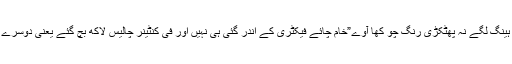
اگر سمگل شدہ چائے خریدیں تو وہی ساٹھ لاکھ میں فیکٹری تک” محفوظ پہنچ “مل جاتی ہے یعنی ” ہینگ لگے نہ پھٹکڑی رنگ چو کھا آوے”خام چائے فیکٹری کے اندر گئی ہی نہیں اور فی کنٹینر چالیس لاکھ بچ گئے یعنی دوسرے لفظوں میں چالیس لاکھ منافع ہو گیا یہ ساری بچت رقوم حکومتی ٹیکسز ہیں جو بچا لیے جاتے ہیں ۔